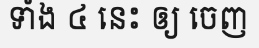
ទាំង ៤ នេះ ឲ្យ ចេញ